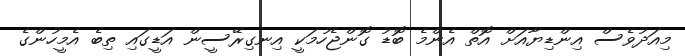
މިއަދުވެސް އިންޑިޔާއަށް އޮތް އެންމެ ބޮޑު ގޮންޖެހުމަކީ އިނގިރޭސީން އަޑީގައި ތިބެ އެމީހުންގެ